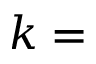
k =